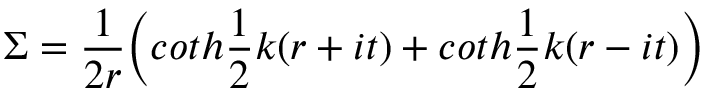
\Sigma = \frac { 1 } { 2 r } \Bigl ( c o t h \frac { 1 } { 2 } k ( r + i t ) + c o t h \frac { 1 } { 2 } k ( r - i t ) \Bigr )